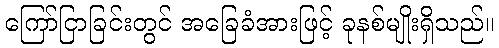
ကြော်ငြာခြင်းတွင် အခြေခံအားဖြင့် ခုနစ်မျိုးရှိသည်။